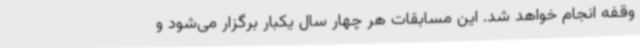
وقفه انجام خواهد شد. این مسابقات هر چهار سال یکبار برگزار می‌شود و